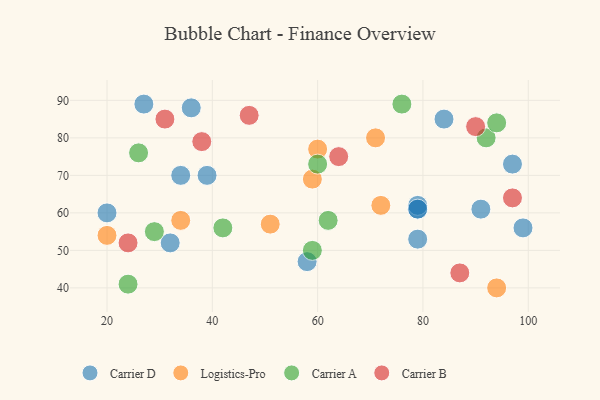
{"axis": {"x": "GDP", "y": "Life Expectancy"}, "legend": ["Carrier A", "Carrier B", "Carrier D", "Logistics-Pro"], "data": [{"x": "27", "y": 89, "type": "Carrier D"}, {"x": "79", "y": 61, "type": "Carrier D"}, {"x": "32", "y": 52, "type": "Carrier D"}, {"x": "79", "y": 62, "type": "Carrier D"}, {"x": "79", "y": 61, "type": "Carrier D"}, {"x": "34", "y": 70, "type": "Carrier D"}, {"x": "58", "y": 47, "type": "Carrier D"}, {"x": "36", "y": 88, "type": "Carrier D"}, {"x": "84", "y": 85, "type": "Carrier D"}, {"x": "79", "y": 53, "type": "Carrier D"}, {"x": "97", "y": 73, "type": "Carrier D"}, {"x": "20", "y": 60, "type": "Carrier D"}, {"x": "39", "y": 70, "type": "Carrier D"}, {"x": "99", "y": 56, "type": "Carrier D"}, {"x": "91", "y": 61, "type": "Carrier D"}, {"x": "51", "y": 57, "type": "Logistics-Pro"}, {"x": "60", "y": 77, "type": "Logistics-Pro"}, {"x": "34", "y": 58, "type": "Logistics-Pro"}, {"x": "72", "y": 62, "type": "Logistics-Pro"}, {"x": "59", "y": 69, "type": "Logistics-Pro"}, {"x": "20", "y": 54, "type": "Logistics-Pro"}, {"x": "71", "y": 80, "type": "Logistics-Pro"}, {"x": "94", "y": 40, "type": "Logistics-Pro"}, {"x": "42", "y": 56, "type": "Carrier A"}, {"x": "92", "y": 80, "type": "Carrier A"}, {"x": "26", "y": 76, "type": "Carrier A"}, {"x": "62", "y": 58, "type": "Carrier A"}, {"x": "59", "y": 50, "type": "Carrier A"}, {"x": "24", "y": 41, "type": "Carrier A"}, {"x": "29", "y": 55, "type": "Carrier A"}, {"x": "60", "y": 73, "type": "Carrier A"}, {"x": "76", "y": 89, "type": "Carrier A"}, {"x": "94", "y": 84, "type": "Carrier A"}, {"x": "87", "y": 44, "type": "Carrier B"}, {"x": "24", "y": 52, "type": "Carrier B"}, {"x": "64", "y": 75, "type": "Carrier B"}, {"x": "38", "y": 79, "type": "Carrier B"}, {"x": "31", "y": 85, "type": "Carrier B"}, {"x": "47", "y": 86, "type": "Carrier B"}, {"x": "97", "y": 64, "type": "Carrier B"}, {"x": "90", "y": 83, "type": "Carrier B"}]}